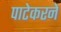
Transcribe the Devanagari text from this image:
पाटेकरने